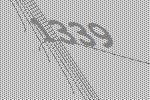
1339